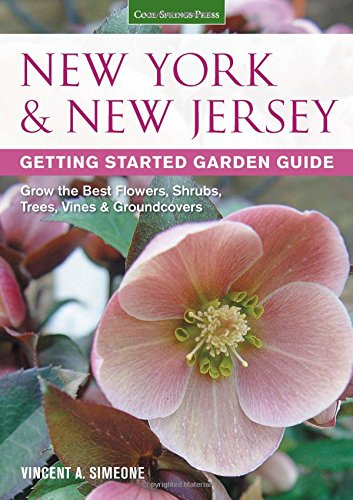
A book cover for New York & New Jersey Getting Started Garden Guide: Grow the Best Flowers, Shrubs, Trees, Vines & Groundcovers (Garden Guides); Vincent Simeone; Crafts, Hobbies & Home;